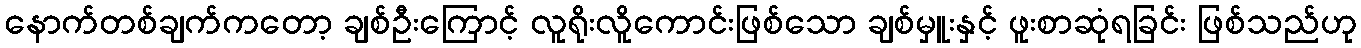
နောက်တစ်ချက်ကတော့ ချစ်ဦးကြောင့် လူရိုးလိူကောင်းဖြစ်သော ချစ်မှူးနှင့် ဖူးစာဆုံရခြင်း ဖြစ်သည်ဟု